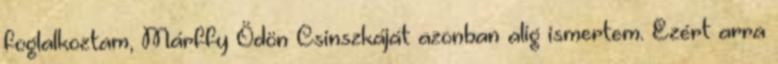
foglalkoztam, Márffy Ödön Csinszkáját azonban alig ismertem. Ezért arra